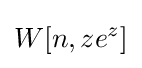
W[n,ze^{z}]